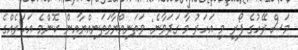
މަސް ރޭހުގެ ފޯރި މި އަހަރު މާ ގަދަވާނެ: ވަތަނިއްޔާވަތަނިއްޔާއިން ކޮންމެ އަހަރެއްގެ